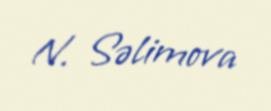
N. Səlimova